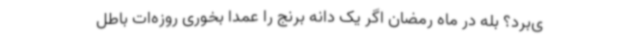
ی‌برد؟ بله در ماه رمضان اگر یک دانه برنج را عمدا بخوری روزه‌ات باطل